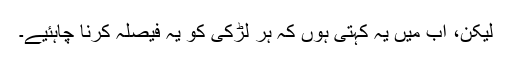
لیکن، اب میں یہ کہتی ہوں کہ ہر لڑکی کو یہ فیصلہ کرنا چاہئیے۔